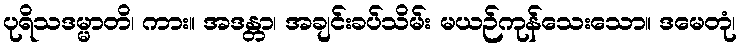
ပုရိသဒမ္မာတိ၊ ကား။ အဒန္တာ၊ အချင်းခပ်သိမ်း မယဉ်ကုန်သေးသော။ ဒမေတုံ၊